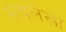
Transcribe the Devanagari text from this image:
मंचलेखा